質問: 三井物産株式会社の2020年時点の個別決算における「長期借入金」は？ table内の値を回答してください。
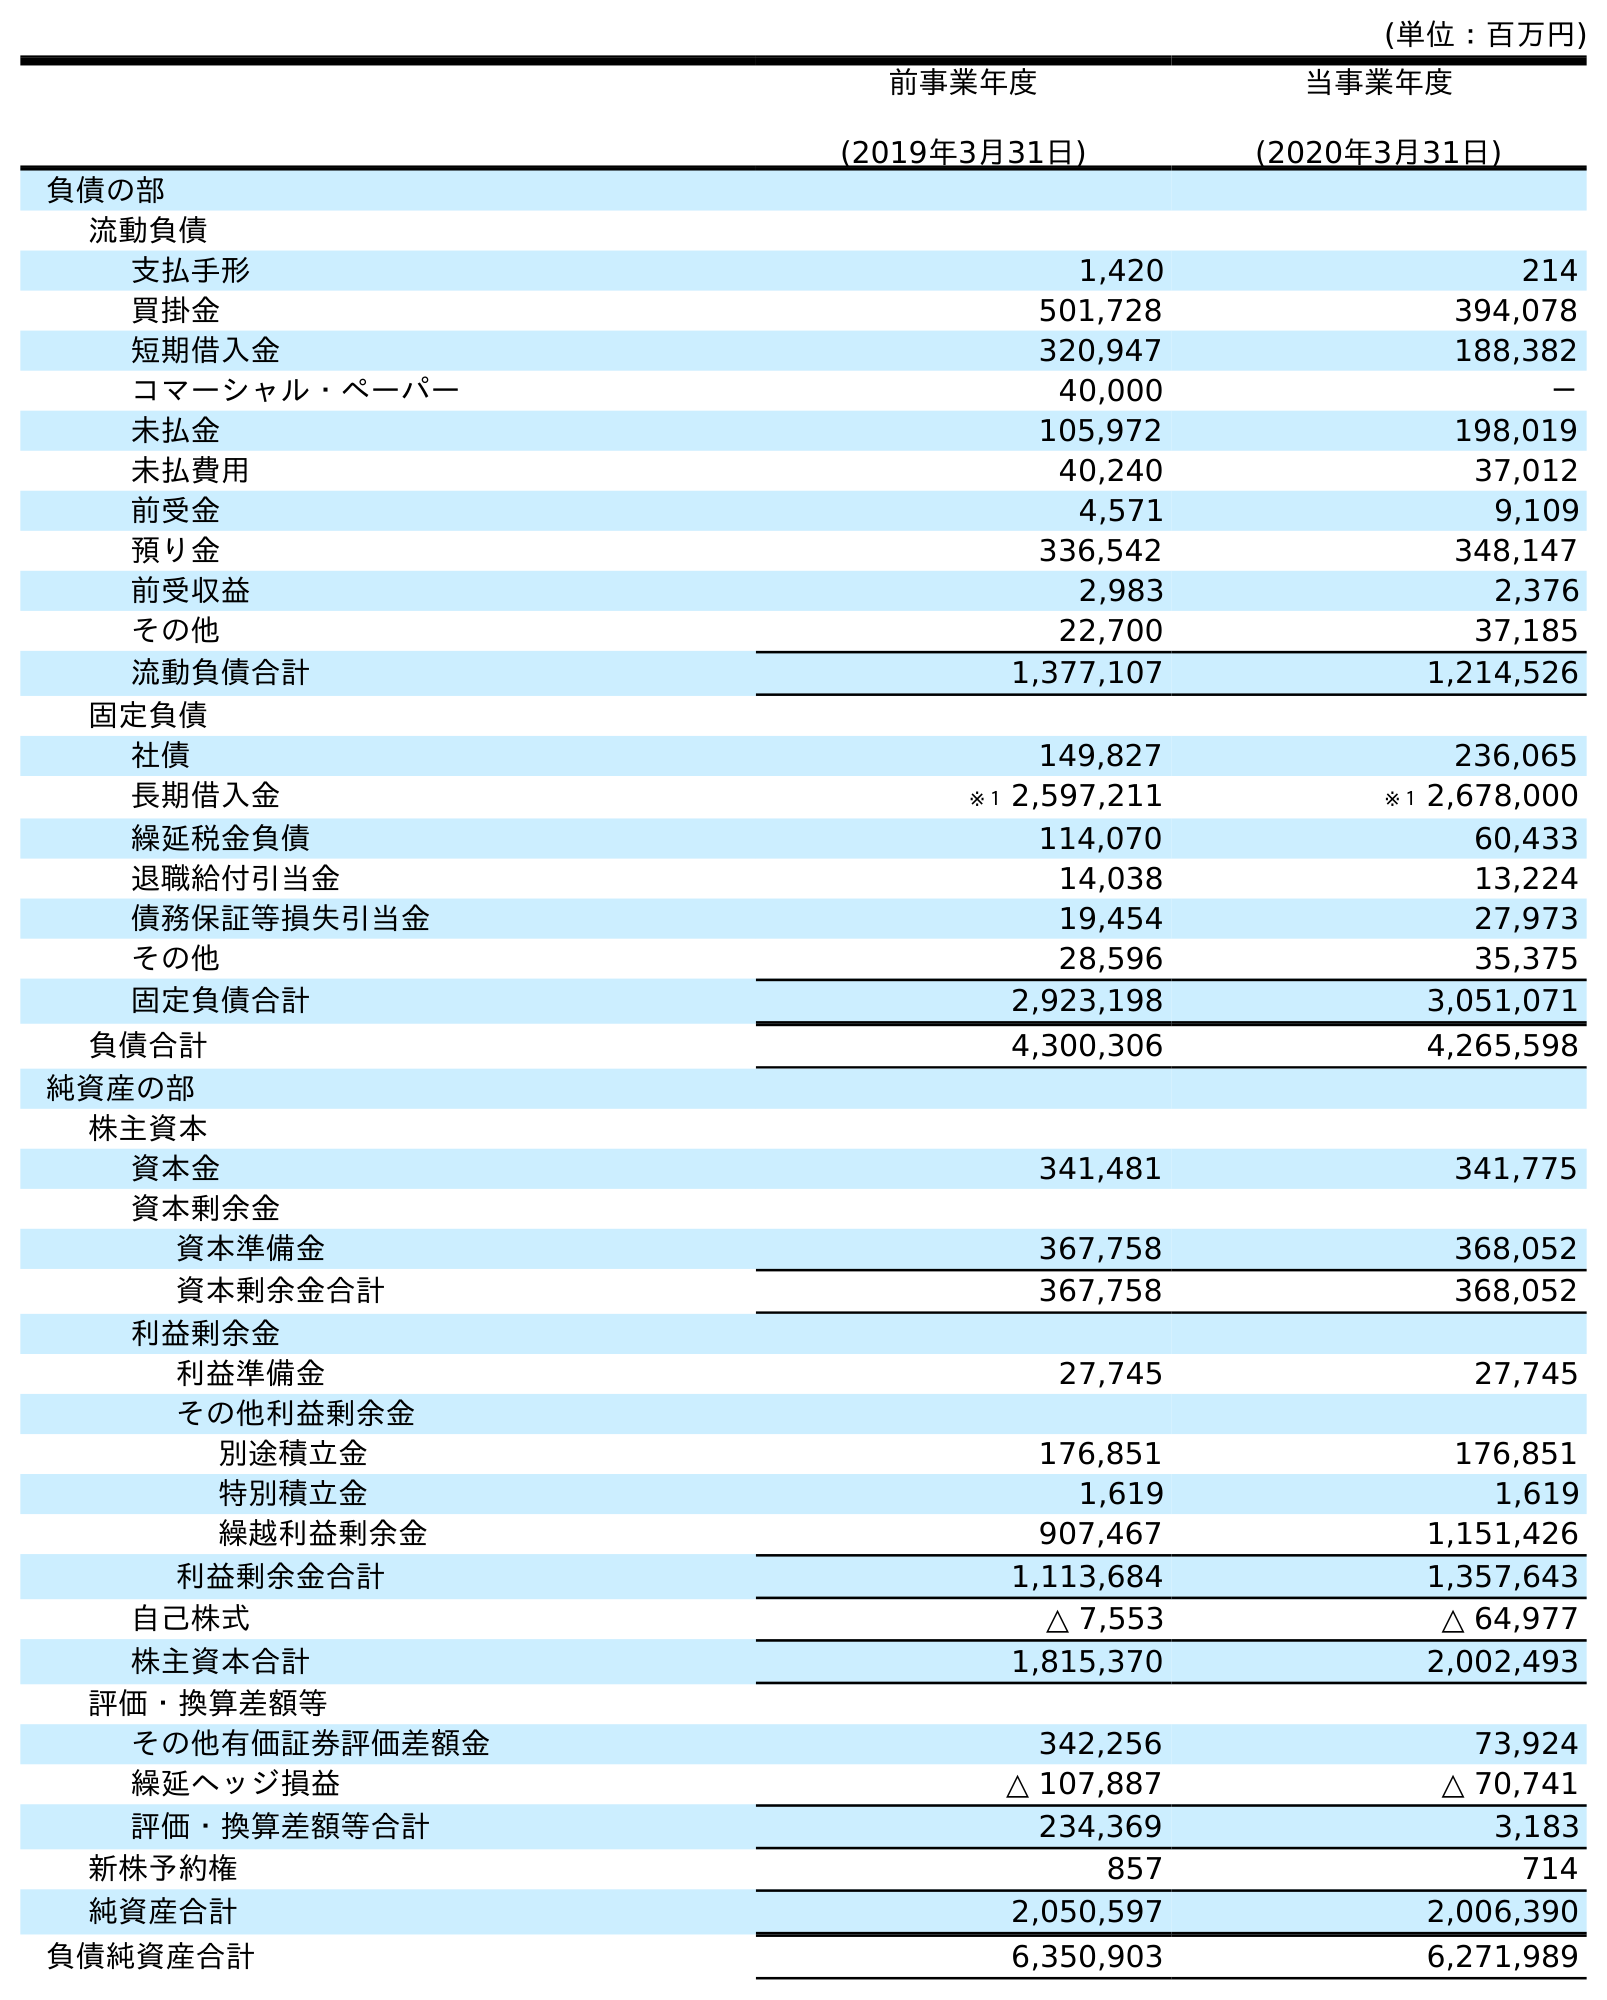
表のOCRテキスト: (単位：百万円) 前事業年度 (2019年3月31日) 当事業年度 (2020年3月31日) 負債の部 流動負債 支払手形 1,420 214 買掛金 501,728 394,078 短期借入金 320,947 188,382 コマーシャル・ペーパー 40,000 － 未払金 105,972 198,019 未払費用 40,240 37,012 前受金 4,571 9,109 預り金 336,542 348,147 前受収益 2,983 2,376 その他 22,700 37,185 流動負債合計 1,377,107 1,214,526 固定負債 社債 149,827 236,065 長期借入金 ※１ 2,597,211 ※１ 2,678,000 繰延税金負債 114,070 60,433 退職給付引当金 14,038 13,224 債務保証等損失引当金 19,454 27,973 その他 28,596 35,375 固定負債合計 2,923,198 3,051,071 負債合計 4,300,306 4,265,598 純資産の部 株主資本 資本金 341,481 341,775 資本剰余金 資本準備金 367,758 368,052 資本剰余金合計 367,758 368,052 利益剰余金 利益準備金 27,745 27,745 その他利益剰余金 別途積立金 176,851 176,851 特別積立金 1,619 1,619 繰越利益剰余金 907,467 1,151,426 利益剰余金合計 1,113,684 1,357,643 自己株式 △ 7,553 △ 64,977 株主資本合計 1,815,370 2,002,493 評価・換算差額等 その他有価証券評価差額金 342,256 73,924 繰延ヘッジ損益 △ 107,887 △ 70,741 評価・換算差額等合計 234,369 3,183 新株予約権 857 714 純資産合計 2,050,597 2,006,390 負債純資産合計 6,350,903 6,271,989
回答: ※１2,678,000